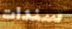
سندات